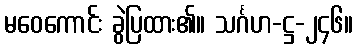
မဝေကောင်း ခွဲပြထား၏။ သင်္ဂဟ-ဋ္ဌ-၂၄၆။